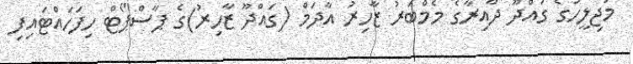
މަޖިލީހުގެ ގައްދޫ ދާއިރާގެ މެމްބަރު ޒާހިރު އާދަމް (ގައްދޫ ޒާހިރު)ގެ ޕާސްޕޯޓް ހިފަހައްޓައިފި